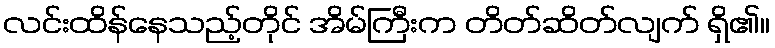
လင်းထိန်နေသည့်တိုင် အိမ်ကြီးက တိတ်ဆိတ်လျက် ရှိ၏။